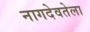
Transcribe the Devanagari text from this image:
नागदेवतेला